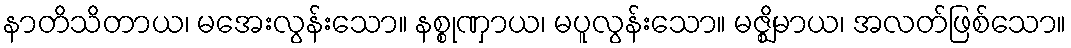
နာတိသိတာယ၊ မအေးလွန်းသော။ နစ္စုဏှာယ၊ မပူလွန်းသော။ မဇ္ဈိမာယ၊ အလတ်ဖြစ်သော။